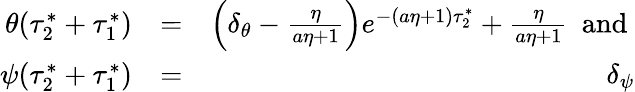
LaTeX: \begin{array}{rlr}{\theta(\tau_{2}^{*}+\tau_{1}^{*})}&{=}&{\left(\delta_{\theta}-\frac{\eta}{a\eta+1}\right)e^{-(a\eta+1)\tau_{2}^{*}}+\frac{\eta}{a\eta+1}\mathrm{~\normalsize~and~}}\\ {\psi(\tau_{2}^{*}+\tau_{1}^{*})}&{=}&{\delta_{\psi}}\end{array}